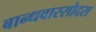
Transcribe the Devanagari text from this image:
बान्धवास्सोदरा